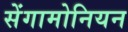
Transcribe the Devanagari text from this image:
सेंगामोनियन